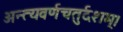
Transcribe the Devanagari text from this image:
अन्त्यवर्णचतुर्दशम्।